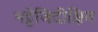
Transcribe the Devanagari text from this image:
भट्टेजिदीक्षित